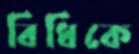
বিধিকে